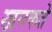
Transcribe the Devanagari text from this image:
खनकते